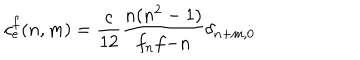
LaTeX: c _ { e } ^ { f } ( n , m ) = \frac { c } { 1 2 } \frac { n ( n ^ { 2 } - 1 ) } { f _ { n } f { - n } } \delta _ { n + m , 0 }